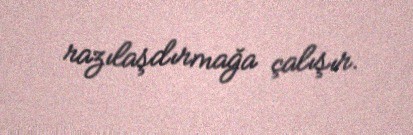
razılaşdırmağa çalışır.